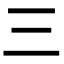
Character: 三